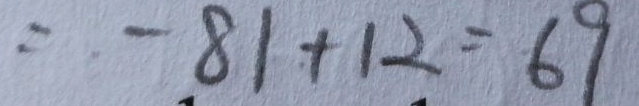
= - 8 1 + 1 2 = 6 9